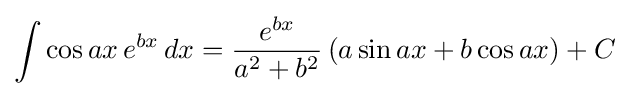
\int \cos ax\,e^{bx}\,dx={\frac {e^{bx}}{a^{2}+b^{2}}}\left(a\sin ax+b\cos ax\right)+C